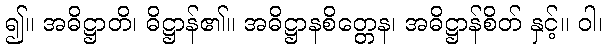
၍။ အဓိဋ္ဌာတိ၊ ဓိဋ္ဌာန်၏။ အဓိဋ္ဌာနစိတ္တေန၊ အဓိဋ္ဌာန်စိတ် နှင့်။ ဝါ၊